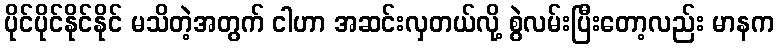
ပိုင်ပိုင်နိုင်နိုင် မသိတဲ့အတွက် ငါဟာ အဆင်းလှတယ်လို့ စွဲလမ်းပြီးတော့လည်း မာနက